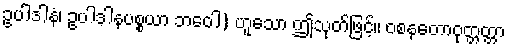
ဥပါဒါနံ၊ ဥပါဒါနပစ္စယာ ဘဝေါ) ဟူသော ဤသုတ်ဖြင့်။ ဝစနတောဝုတ္တတ္တာ